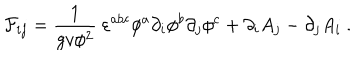
{ \cal F } _ { i j } = \frac { 1 } { g v \phi ^ { 2 } } \ \varepsilon ^ { a b c } \phi ^ { a } \partial _ { i } \phi ^ { b } \partial _ { j } \phi ^ { c } + \partial _ { i } A _ { j } - \partial _ { j } A _ { i } \ .